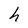
Character: h